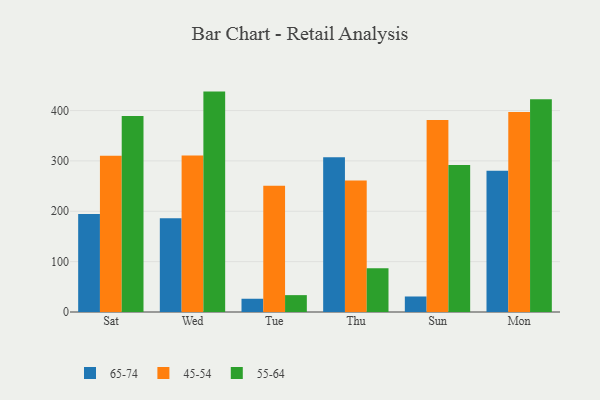
{"axis": {"x": "Day", "y": "Population (Million)"}, "legend": ["45-54", "55-64", "65-74"], "data": [{"x": "Sat", "y": 194.8, "type": "65-74"}, {"x": "Sat", "y": 310.4, "type": "45-54"}, {"x": "Sat", "y": 389.1, "type": "55-64"}, {"x": "Wed", "y": 186.2, "type": "65-74"}, {"x": "Wed", "y": 310.8, "type": "45-54"}, {"x": "Wed", "y": 437.6, "type": "55-64"}, {"x": "Tue", "y": 26.3, "type": "65-74"}, {"x": "Tue", "y": 250.8, "type": "45-54"}, {"x": "Tue", "y": 33.5, "type": "55-64"}, {"x": "Thu", "y": 307.3, "type": "65-74"}, {"x": "Thu", "y": 261.0, "type": "45-54"}, {"x": "Thu", "y": 87.0, "type": "55-64"}, {"x": "Sun", "y": 30.8, "type": "65-74"}, {"x": "Sun", "y": 381.1, "type": "45-54"}, {"x": "Sun", "y": 291.9, "type": "55-64"}, {"x": "Mon", "y": 280.3, "type": "65-74"}, {"x": "Mon", "y": 397.1, "type": "45-54"}, {"x": "Mon", "y": 422.5, "type": "55-64"}]}